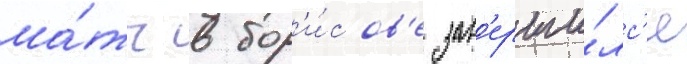
ма́тч в бор'и́сов'е зав'ерши́лс'я